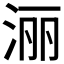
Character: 𣶇